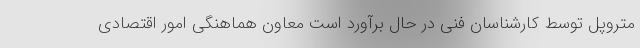
متروپل توسط کارشناسان فنی در حال برآورد است معاون هماهنگی امور اقتصادی